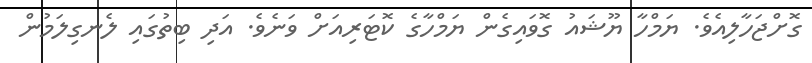
ގޮށްޖަހާލިއެވެ. ޔަމްހާ ޔޫޝައު ގޮވައިގެން ޔަމްހާގެ ކޮޓަރިއަށް ވަނެވެ. އަދި ބިތުގައި ލެނގިލަމުން